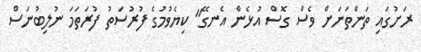
ރަށުގައި ތަންތަނަށް ވެސް ގޮސް އުޅެން އެނގޭ" ކިޔެވުމުގެ ފުރުސަތު ފުރަތަމަ ނުލިބުނަސް